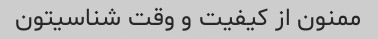
ممنون از کیفیت و وقت شناسیتون